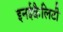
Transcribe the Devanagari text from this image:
इनईक्वैलिटी